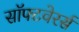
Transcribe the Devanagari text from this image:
सॉफ्टवेरर्स